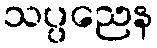
သပ္ပညေန